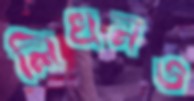
লিখনও